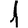
Digit: 1